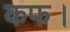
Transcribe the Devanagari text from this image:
कफ।